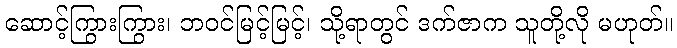
ဆောင့်ကြွားကြွား၊ ဘဝင်မြင့်မြင့်၊ သို့ရာတွင် ဒက်ဇာက သူတို့လို မဟုတ်။